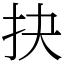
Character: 抉